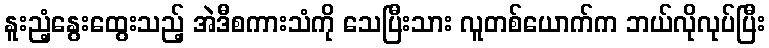
နူးညံ့နွေးထွေးသည့် အဲဒီစကားသံကို သေပြီးသား လူတစ်ယောက်က ဘယ်လိုလုပ်ပြီး